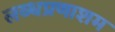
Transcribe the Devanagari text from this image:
लब्धप्रणाशम